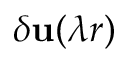
\delta \mathbf { u } ( \lambda r )